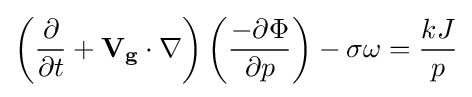
{{{\left({{\partial  \over \partial t}+{\mathbf {V_{g}} \cdot \nabla }}\right)\left({-\partial \Phi  \over \partial p}\right)}-\sigma \omega }={kJ \over p}}